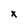
Character: X